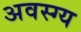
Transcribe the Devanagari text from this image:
अवस्ग्य